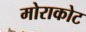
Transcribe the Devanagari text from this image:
मोराकोट